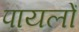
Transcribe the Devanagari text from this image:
पायलों